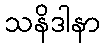
သနိဒါနာ